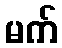
မက်